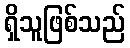
ရှိသူဖြစ်သည်